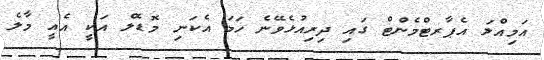
އަމިއްލަ އެޕާރޓްމެންޓް ގައި ދިރިއުޅެވޭނެ ހަމަ އެކަނި މޮޑެލް އަކީ އެއީ މާލެ